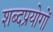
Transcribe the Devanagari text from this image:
शब्दप्रयोगों